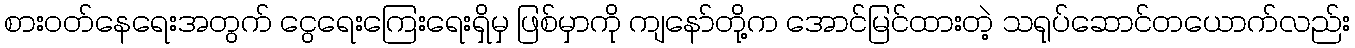
စားဝတ်နေရေးအတွက် ငွေရေးကြေးရေးရှိမှ ဖြစ်မှာကို ကျနော်တို့က အောင်မြင်ထားတဲ့ သရုပ်ဆောင်တယောက်လည်း